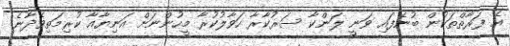
އެ ފަރާތްތަކުން ބުނެފައި ވަނީ ލަންކާ ސަރުކާރާ ހަވާލުކުރާ މީހުންނަށް އަނިޔާއާ ކުރިމަތިވެދާނެ